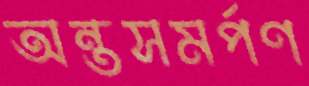
অন্তসমর্পণ